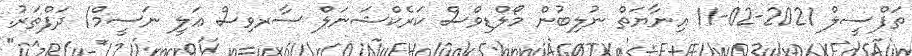
ތަފްސީލް 2021-02-11 އިނާޔަތް ނުލިބުން މޯލްޑިވްސް ކަރެކްޝަނަލް ސާރވިސް ޢަލީ ނަސީމް/ ދަފްތަރު.